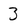
Character: 3